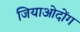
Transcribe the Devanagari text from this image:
जियाओदोंग